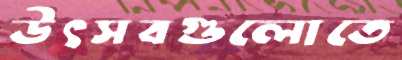
উৎসবগুলোতে